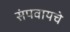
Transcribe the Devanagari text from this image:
संपवायचे